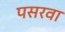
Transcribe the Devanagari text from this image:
पसरवा